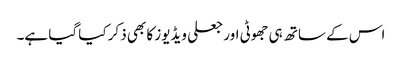
اس کے ساتھ ہی جھوٹی اور جعلی ویڈیوز کا بھی ذکر کیا گیا ہے۔